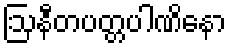
ဩနီတပတ္တပါဏိနော